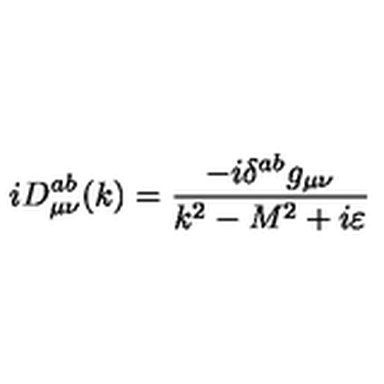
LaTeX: i D _ { \mu \nu } ^ { a b } ( k ) = \frac { - i \delta ^ { a b } g _ { \mu \nu } } { k ^ { 2 } - M ^ { 2 } + i \varepsilon }